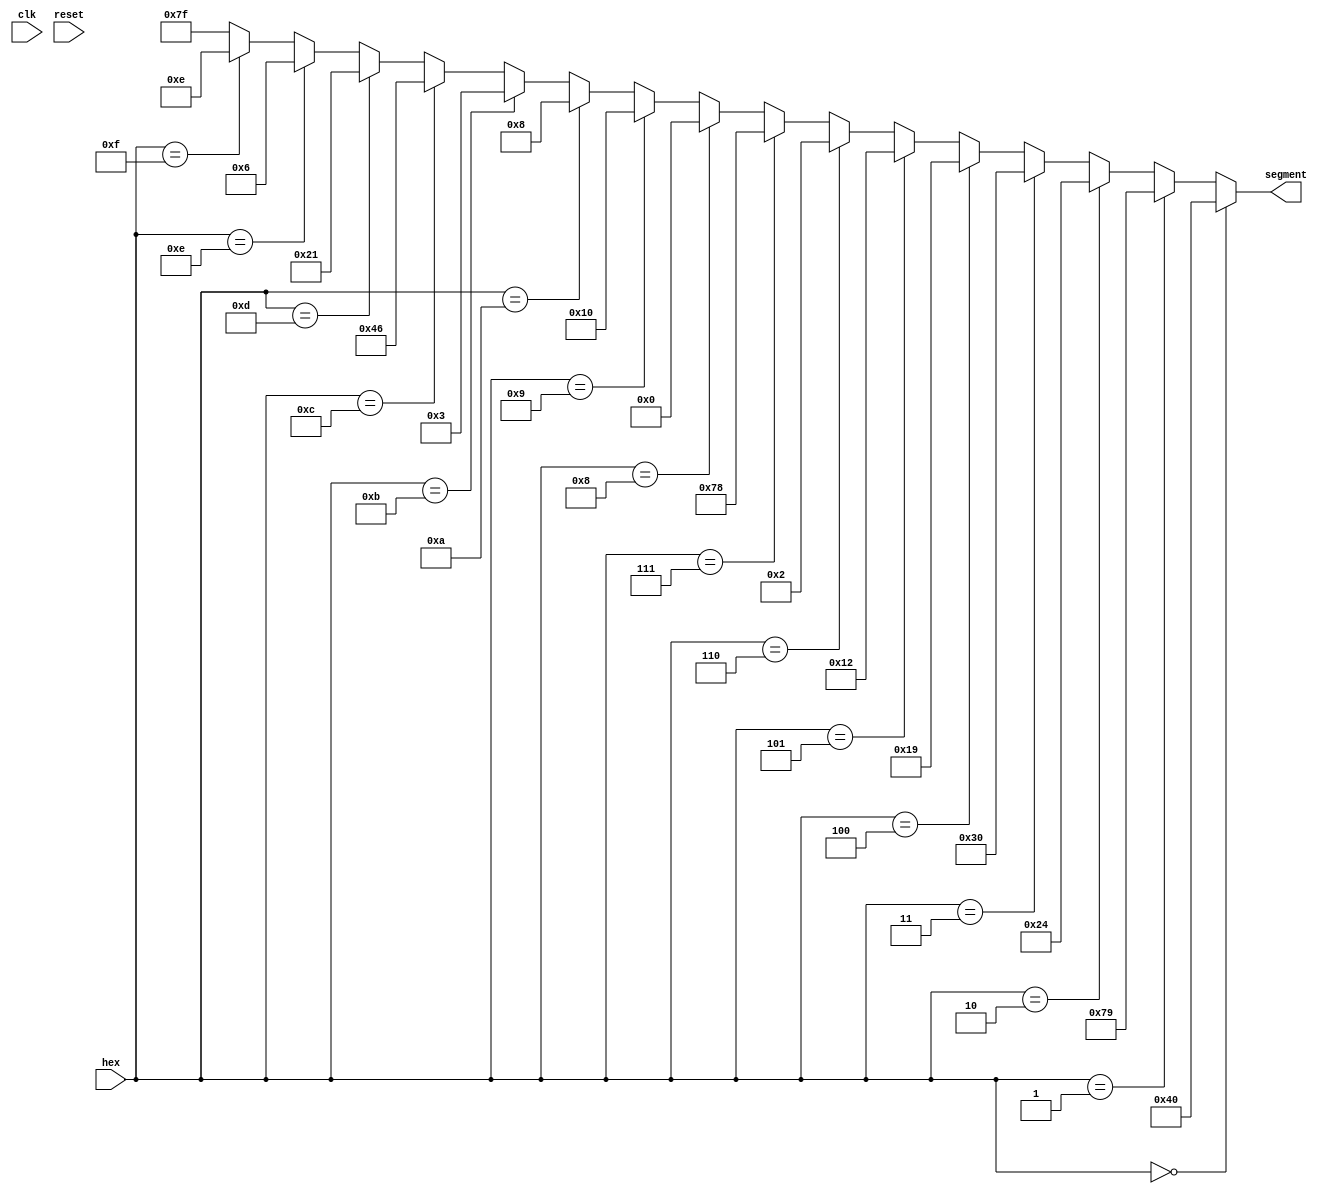
`timescale 1ns / 100ps

/****************************************************************************
 * 
 * Designer:   Matthew Buchholz 
 * Rev. No.:   Version 2.0
 * Rev. Date:  3/11/19
 *
 * Purpose:  4:16 decoder that maps a 4-bit input vector to the corresponding
 *			 7-bit vector where each bit in the 7-bit vector corresponds to
 *           a single 7-segment LED.
 *           7 segment LEDs are LOW active.
 *
 ****************************************************************************/

module hex_to_7seg(
    input        clk,
    input        reset,
    input  [3:0] hex,
    output [6:0] segment     
    );
    
    assign segment = (hex == 4'b0_000) ? 7'b100_0000: //display 0 on 7-segment
                     (hex == 4'b0_001) ? 7'b111_1001: //display 1 on 7-segment
                     (hex == 4'b0_010) ? 7'b010_0100: //display 2 on 7-segment
                     (hex == 4'b0_011) ? 7'b011_0000: //display 3 on 7-segment
                     (hex == 4'b0_100) ? 7'b001_1001: //display 4 on 7-segment
                     (hex == 4'b0_101) ? 7'b001_0010: //display 5 on 7-segment
                     (hex == 4'b0_110) ? 7'b000_0010: //display 6 on 7-segment
                     (hex == 4'b0_111) ? 7'b111_1000: //display 7 on 7-segment
                     (hex == 4'b1_000) ? 7'b000_0000: //display 8 on 7-segment
                     (hex == 4'b1_001) ? 7'b001_0000: //display 9 on 7-segment
                     (hex == 4'b1_010) ? 7'b000_1000: //display A on 7-segment
                     (hex == 4'b1_011) ? 7'b000_0011: //display b on 7-segment
                     (hex == 4'b1_100) ? 7'b100_0110: //display C on 7-segment
                     (hex == 4'b1_101) ? 7'b010_0001: //display d on 7-segment
                     (hex == 4'b1_110) ? 7'b000_0110: //display E on 7-segment
                     (hex == 4'b1_111) ? 7'b000_1110: //display F on 7-segment
                                         7'b111_1111; //display blank on 7-segment
    
endmodule